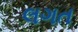
લગત